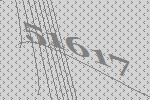
51617